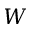
\boldsymbol { W }